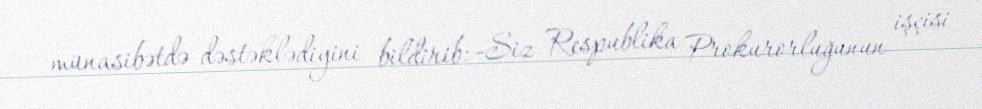
münasibətdə dəstəklədiyini bildirib: -Siz Respublika Prokurorluğunun işçisi